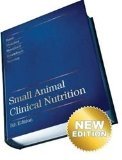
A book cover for Small Animal Clinical Nutrition 5th Edition by Michael S Hand [Hardcover]; Michael S Hand..; Medical Books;